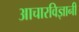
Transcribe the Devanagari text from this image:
आचारविज्ञानी